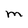
Character: M